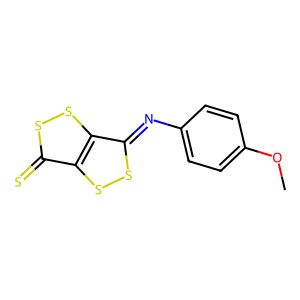
SMILES: COc1ccc(N=c2ssc3c(=S)ssc23)cc1
Inhibits HIV replication: No